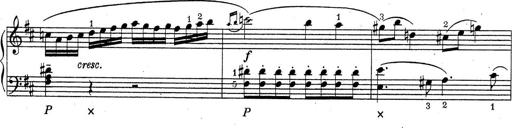
Title: ÄŒeskÃ© Sonatiny
Composer: Various